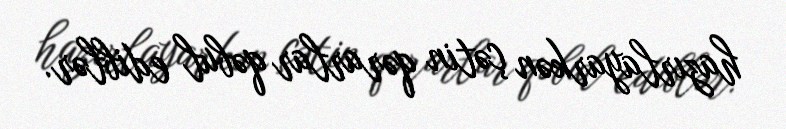
hazırlayarkən çətin qərarlar qəbul ediblər.